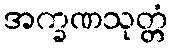
အက္ခဏသုတ္တံ